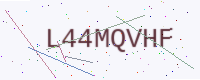
Text: L44MQVHF